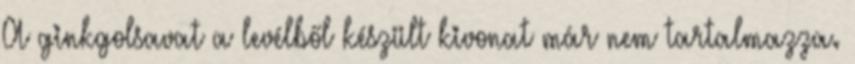
A ginkgolsavat a levélből készült kivonat már nem tartalmazza.